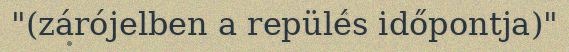
"(zárójelben a repülés időpontja)"